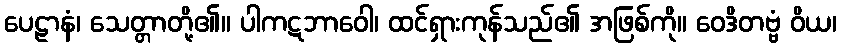
ပေဠာနံ၊ သေတ္တာတို့၏။ ပါကဋဘာဝေါ၊ ထင်ရှားကုန်သည်၏ အဖြစ်ကို။ ဝေဒိတဗ္ဗံ ဝိယ၊